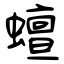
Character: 蟺